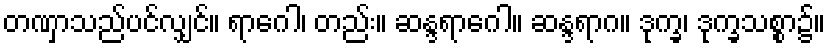
တဏှာသည်ပင်လျှင်။ ရာဂေါ၊ တည်း။ ဆန္ဒရာဂေါ။ ဆန္ဒရာဂ။ ဒုက္ခ၊ ဒုက္ခသစ္စာ၌။